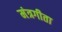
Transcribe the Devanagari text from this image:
मंत्रगीता